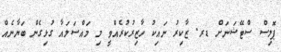
ޕޮލިސް ސްޓޭޝަނަށް ޑރ. ޒާކިރު ނައިކު ހާޒިރުކުރެއްވީ މި މައްސަލައާ ގުޅިގެން ބަޔާނެއް